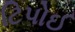
ટિપોઈ